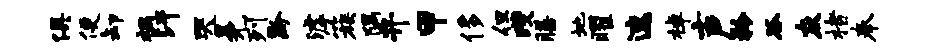
俱便卸祸汗哭冕列黔滹簇隅弁甲侈但躞膳地曜速棹声矜谷灰楮奉